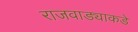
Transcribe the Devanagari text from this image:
राजवाड्याकडे